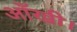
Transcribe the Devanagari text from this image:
आँखी।